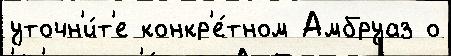
уточн'и́т'е конкр'е́тном Амбруаз о